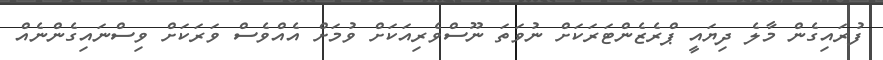
ފުރައިގެން މާލެ ދިޔައީ ޕްރެޒެންޓަރަކަށް ނުވަތަ ނޫސްވެރިއަކަށް ވުމަށް އެއްވެސް ވަރަކަށް ވިސްނައިގެންނެއް